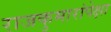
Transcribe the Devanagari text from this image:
राजकुमारांपेक्षा